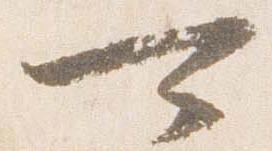
可